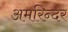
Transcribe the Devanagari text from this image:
अमरिन्दर